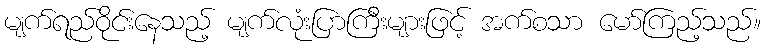
မျက်ရည်ဝိုင်းနေသည့် မျက်လုံးပြာကြီးများဖြင့် အက်စသာ မော်ကြည့်သည်။